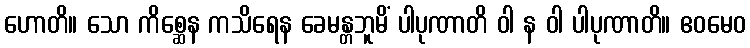
ဟောတိ။ သော ကိစ္ဆေန ကသိရေန ခေမန္တဘူမိံ ပါပုဏာတိ ဝါ န ဝါ ပါပုဏာတိ။ ဧဝမေဝ